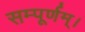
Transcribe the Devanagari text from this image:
सम्पूर्णम्।